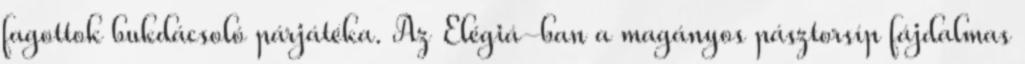
fagottok bukdácsoló párjátéka. Az Elégiá-ban a magányos pásztorsíp fájdalmas